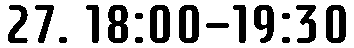
27. 18:00-19:30